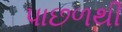
પાછળથી